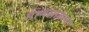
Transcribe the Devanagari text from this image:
माणसातल्या